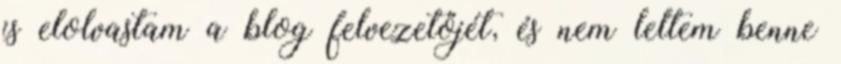
is elolvastam a blog felvezetőjét, és nem leltem benne